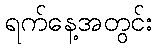
ရက်နေ့အတွင်း